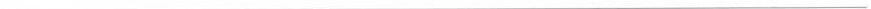
___